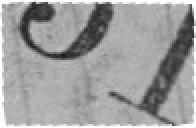
51